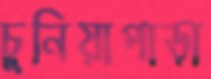
চুনিয়াপাড়া